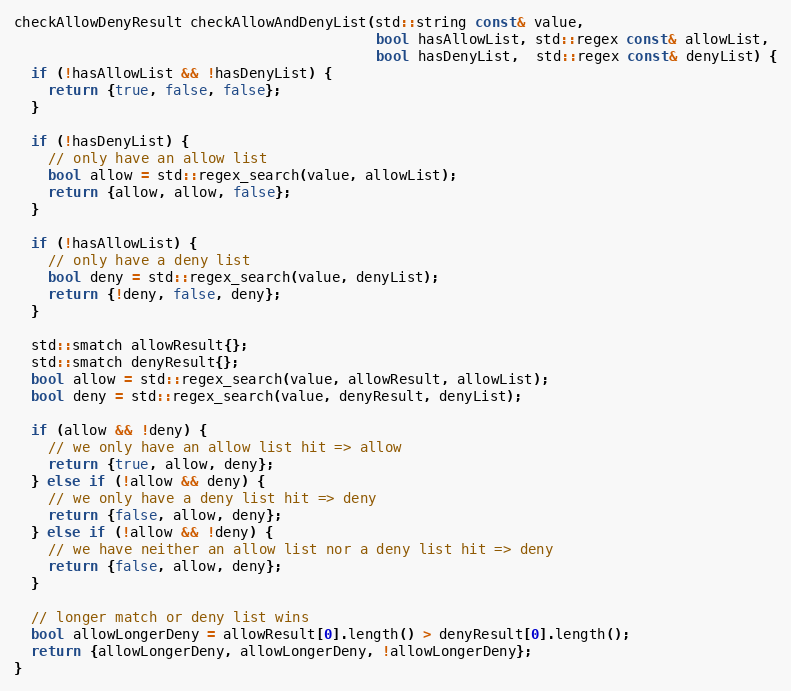
Language: C++
checkAllowDenyResult checkAllowAndDenyList(std::string const& value,
                                           bool hasAllowList, std::regex const& allowList,
                                           bool hasDenyList,  std::regex const& denyList) {
  if (!hasAllowList && !hasDenyList) {
    return {true, false, false};
  }

  if (!hasDenyList) {
    // only have an allow list
    bool allow = std::regex_search(value, allowList);
    return {allow, allow, false};
  }

  if (!hasAllowList) {
    // only have a deny list
    bool deny = std::regex_search(value, denyList);
    return {!deny, false, deny};
  }

  std::smatch allowResult{};
  std::smatch denyResult{};
  bool allow = std::regex_search(value, allowResult, allowList);
  bool deny = std::regex_search(value, denyResult, denyList);

  if (allow && !deny) {
    // we only have an allow list hit => allow
    return {true, allow, deny};
  } else if (!allow && deny) {
    // we only have a deny list hit => deny
    return {false, allow, deny};
  } else if (!allow && !deny) {
    // we have neither an allow list nor a deny list hit => deny
    return {false, allow, deny};
  }

  // longer match or deny list wins
  bool allowLongerDeny = allowResult[0].length() > denyResult[0].length();
  return {allowLongerDeny, allowLongerDeny, !allowLongerDeny};
}